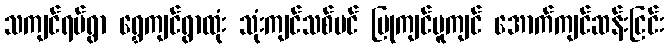
သကျင်ရပ်ရွာ ရွှေကျင်ရွာထုံး သုံးကျင်သစ်ပင် ပြုကျင်မူကျင် အောက်ကျင်ဆန်းငြင်း